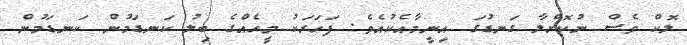
ލޮކް ވެސް ނުކޮށްލާ ގަނޑުގަ އިނީމާއެކުއެވެ. ފަހަރަކު މީހެއްގެ ބިލު ކަނޑަމުން ކަނޑަމުން